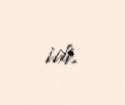
idi.